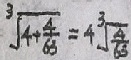
\sqrt [ 3 ] { 4 + \frac { 4 } { 6 3 } } = 4 \sqrt [ 3 ] { \frac { 4 } { 6 3 } }